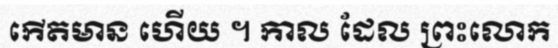
កើតមាន ហើយ ។ កាល ដែល ព្រះលោក